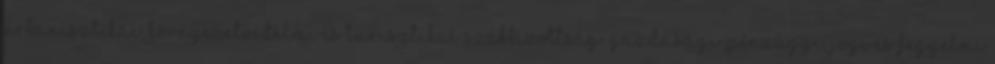
urbanisztikai, környezetvédelmi és turisztikai szakbizottság: Gazdasági-pénzügyi, jogi és fegyelmi